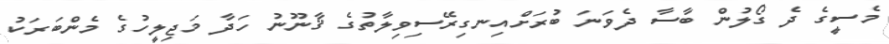
މެސީގެ ދެ ގޯލުން ބާސާ ދެވަނަ ބުރަށްއިނގިރޭސިވިލާތުގެ ޤާނޫނު ހަދާ މަޖިލީހުގެ މެންބަރަކު